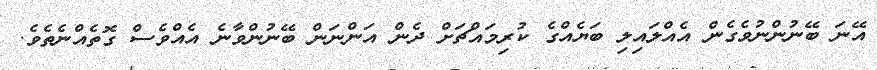
އޭނަ ބޭނުންނުވެގެން އެއްލައިލި ބަޔެއްގެ ކުރިމައްޗަށް ދެން އަންނަން ބޭނުންވާނެ އެއްވެސް ގޮތެއްނެތެވެ.